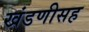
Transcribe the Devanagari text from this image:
खंडणीसह